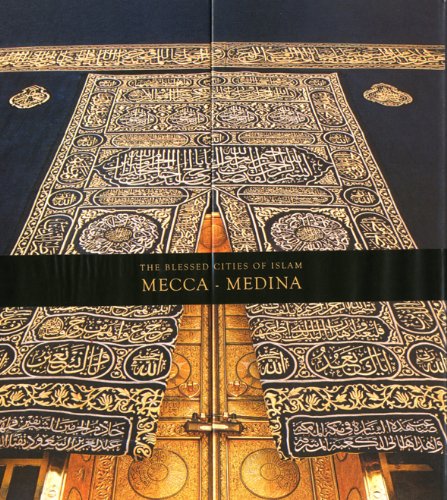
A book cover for The Blessed Cities of Islam: Mecca-Medina; Omer Faruk Aksoy; Religion & Spirituality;